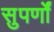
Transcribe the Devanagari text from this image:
सुपर्णों